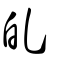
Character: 癿